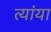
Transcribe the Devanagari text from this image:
त्यांया